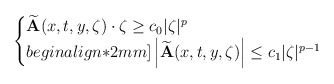
\begin{align*}\begin{cases}\widetilde{\mathbf{A}}(x,t,y,\zeta) \cdot \zeta \geq c_0 |\zeta|^p \\begin{align*}2mm]\left|\widetilde{\mathbf{A}}(x,t,y,\zeta)\right|\leq c_1|\zeta|^{p-1}\end{cases}\end{align*}